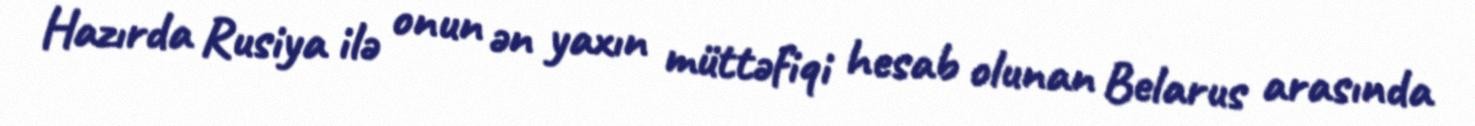
Hazırda Rusiya ilə onun ən yaxın müttəfiqi hesab olunan Belarus arasında